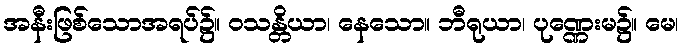
အနီးဖြစ်သောအရပ်၌။ ဝသန္တိယာ၊ နေသော။ ဘီရုယာ၊ ပုဏ္ဏေးမ၌။ မေ၊